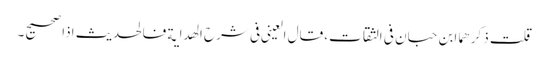
قلت ذکرھما ابن حبان فی الثقات، قال العینی فی شرح الھدایة فالحدیث اذا صحیح۔